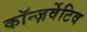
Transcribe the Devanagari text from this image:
कॉन्ज़र्वेटिव